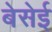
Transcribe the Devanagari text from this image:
बेसेई